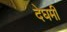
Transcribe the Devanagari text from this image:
देघमी